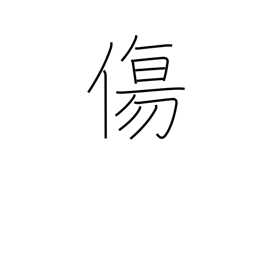
Meaning: weak point